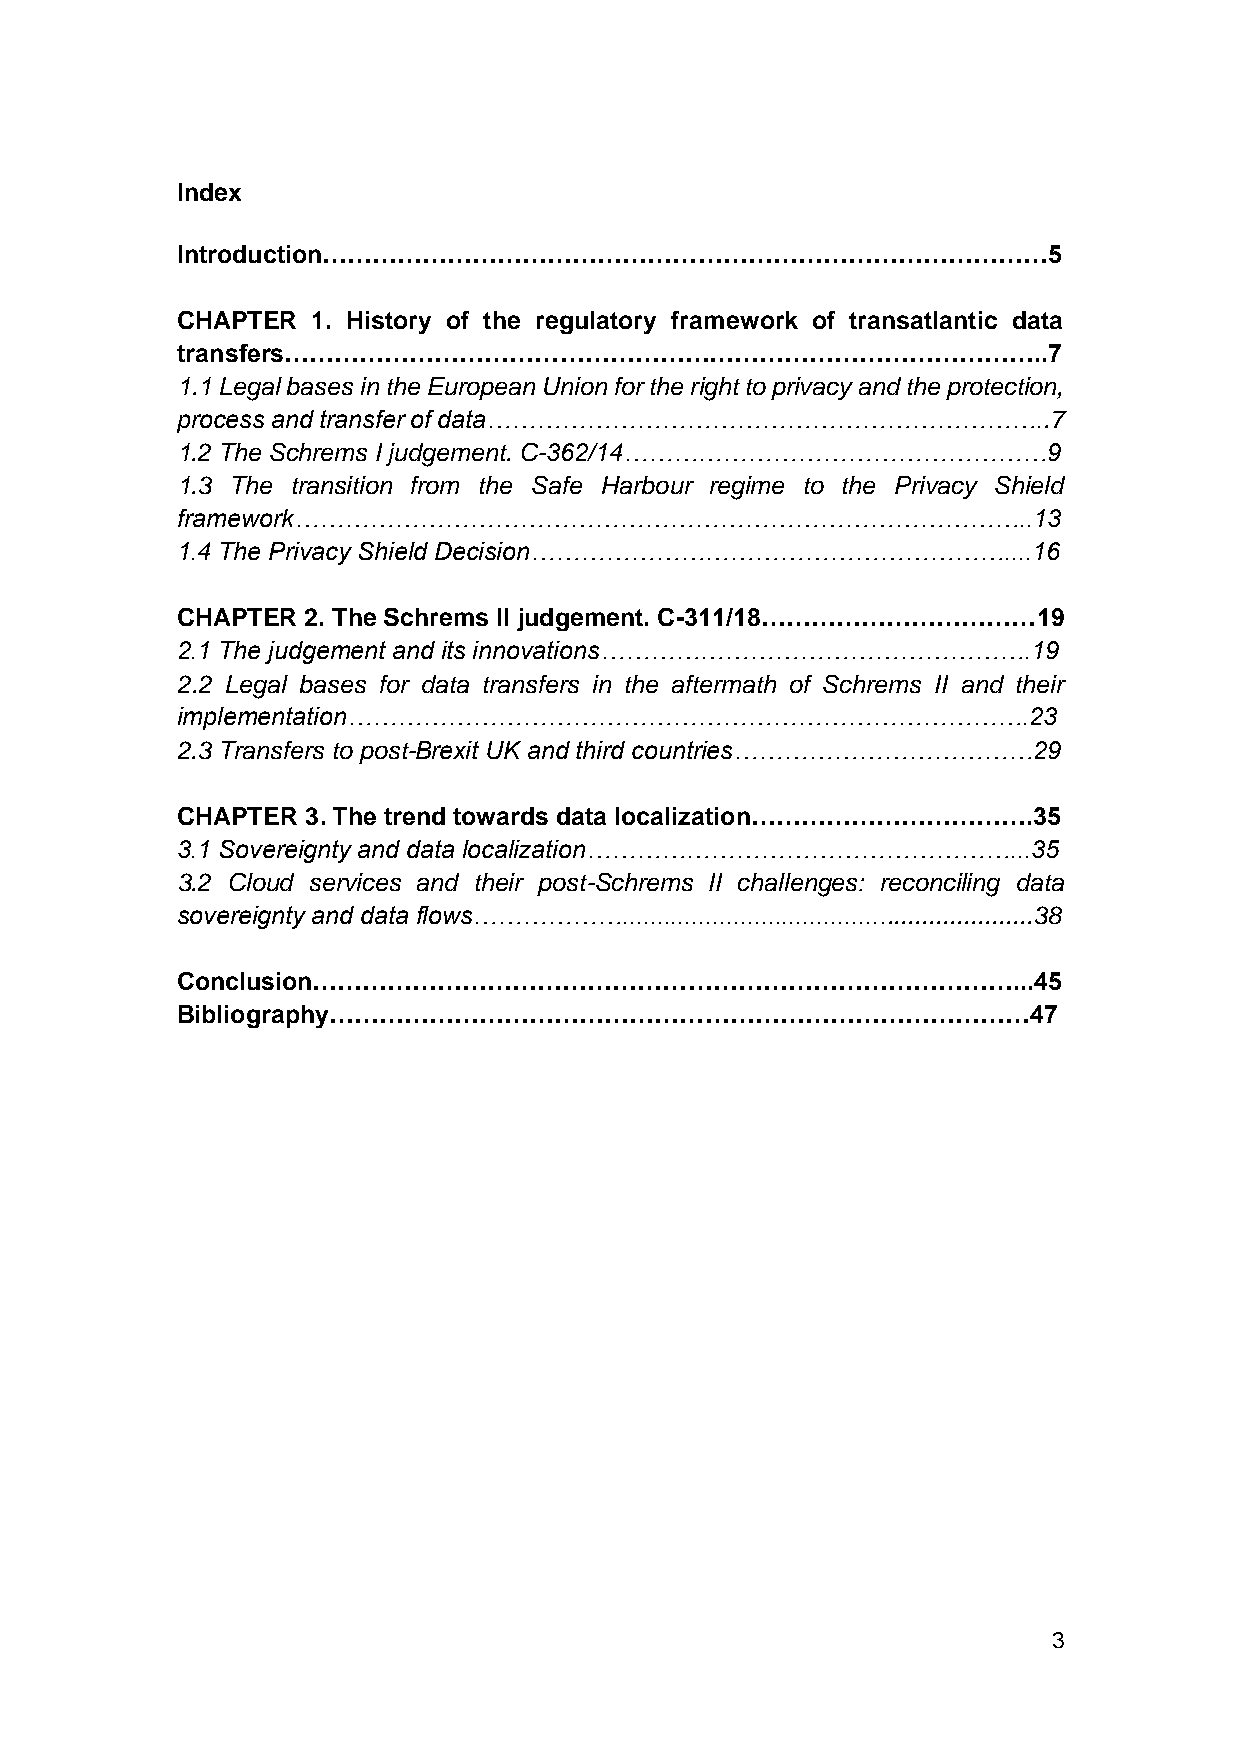
Index
 Introduction……………………………………………………………………………5
 CHAPTER  1. History of the regulatory framework of transatlantic data
 transfers………………………………………………………………………………..7
 1.1 Legal bases in the European Union for the right to privacy and the protection,
 process and transfer of data…………………………………………………………..7
 1.2 The Schrems I judgement. C-362/14……………………………………………9
 1.3 The transition from the Safe Harbour regime to the Privacy Shield
 framework……………………………………………………………………………..13
 1.4 The Privacy Shield Decision…………………………………………………....16
 CHAPTER 2. The Schrems II judgement. C-311/18……………………………19
 2.1 The judgement and its innovations…………………………………………….19
 2.2 Legal bases for data transfers in the aftermath of Schrems II and their
 implementation……………………………………………………………………….23
 2.3 Transfers to post-Brexit UK and third countries………………………………29
 CHAPTER 3. The trend towards data localization…………………………….35
 3.1 Sovereignty and data localization……………………………………………...35
 3.2 Cloud services and their post-Schrems II challenges: reconciling data
 sovereignty and data flows………………...........................................................38
 Conclusion…………………………………………………………………………...45
 Bibliography…………………………………………………………………………47
 3